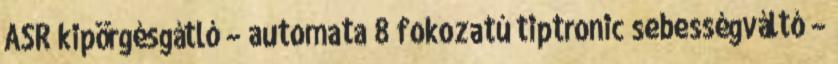
ASR kipörgésgátló – automata 8 fokozatú tiptronic sebességváltó –